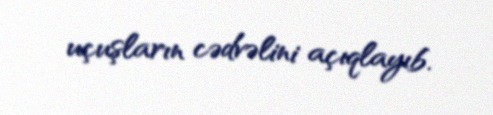
uçuşların cədvəlini açıqlayıb.